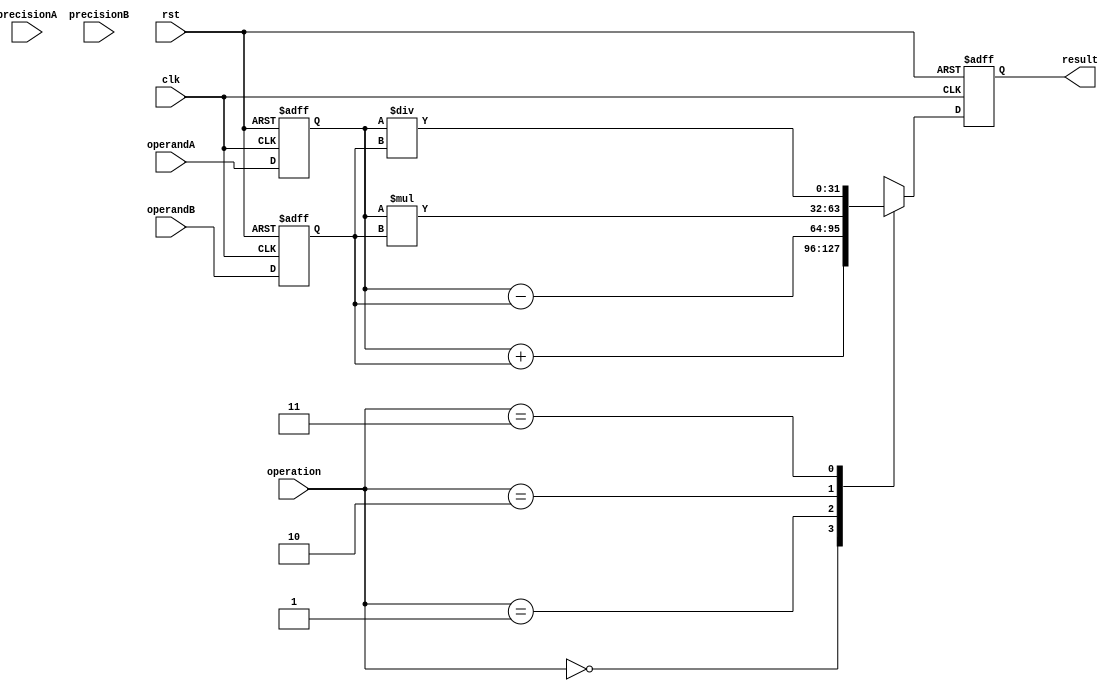
module ArithmeticBlocksMixedPrecisionFloatingPointUnit(
    input wire clk,
    input wire rst,
    input wire [31:0] operandA,
    input wire [31:0] operandB,
    input wire [1:0] precisionA,
    input wire [1:0] precisionB,
    input wire [1:0] operation, // 00:addition, 01:subtraction, 10:multiplication, 11:division
    output reg [31:0] result
);

reg [31:0] reg_operandA;
reg [31:0] reg_operandB;

always @(posedge clk or posedge rst) begin
    if (rst) begin
        reg_operandA <= 0;
        reg_operandB <= 0;
        result <= 0;
    end else begin
        reg_operandA <= operandA;
        reg_operandB <= operandB;
        
        case(operation)
            2'b00: result <= reg_operandA + reg_operandB; // addition
            2'b01: result <= reg_operandA - reg_operandB; // subtraction
            2'b10: result <= reg_operandA * reg_operandB; // multiplication
            2'b11: result <= reg_operandA / reg_operandB; // division
        endcase
    end
end

endmodule